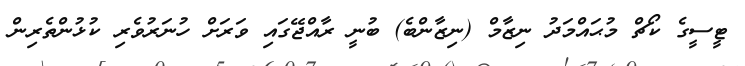
ޓީސީގެ ކޯޗް މުޙައްމަދު ނިޒާމް (ނިޒާންބެ) ބުނީ ރާއްޖޭގައި ވަރަށް ހުނަރުވެރި ކުޅުންތެރިން